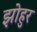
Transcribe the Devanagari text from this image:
झोहुर